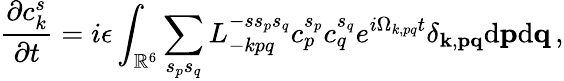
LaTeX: {\frac{\partial c_{k}^{s}}{\partial t}}=i\epsilon\int_{\mathbb{R}^{6}}\sum_{s_{p}s_{q}}L_{-kpq}^{-ss_{p}s_{q}}c_{p}^{s_{p}}c_{q}^{s_{q}}e^{i\Omega_{k,pq}t}\delta_{{\mathbf k},{\mathbf p}{\mathbf q}}\mathrm{d}{\mathbf p}\mathrm{d}{\mathbf q}\, ,